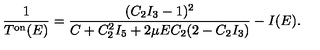
\frac { 1 } { T ^ { \mathrm { o n } } ( E ) } = \frac { ( C _ { 2 } I _ { 3 } - 1 ) ^ { 2 } } { C + C _ { 2 } ^ { 2 } I _ { 5 } + 2 \mu E C _ { 2 } ( 2 - C _ { 2 } I _ { 3 } ) } - I ( E ) .